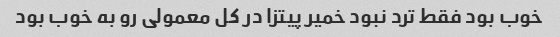
خوب بود فقط ترد نبود خمیر پیتزا در کل معمولی رو به خوب بود